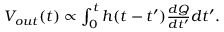
\begin{array} { r } { V _ { o u t } ( t ) \propto \int _ { 0 } ^ { t } h ( t - t ^ { \prime } ) \frac { d Q } { d t ^ { \prime } } d t ^ { \prime } . } \end{array}